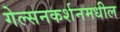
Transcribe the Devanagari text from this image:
गेल्सनकर्शनमधील